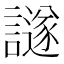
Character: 譢